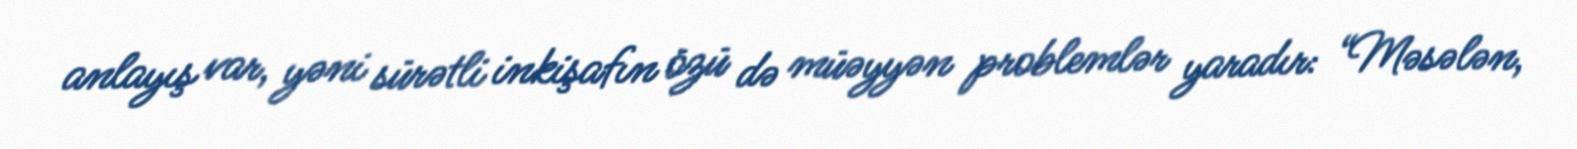
anlayış var, yəni sürətli inkişafın özü də müəyyən problemlər yaradır: “Məsələn,